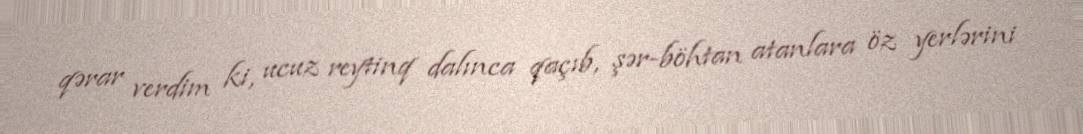
qərar verdim ki, ucuz reytinq dalınca qaçıb, şər-böhtan atanlara öz yerlərini